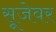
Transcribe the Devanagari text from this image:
सूजेवर